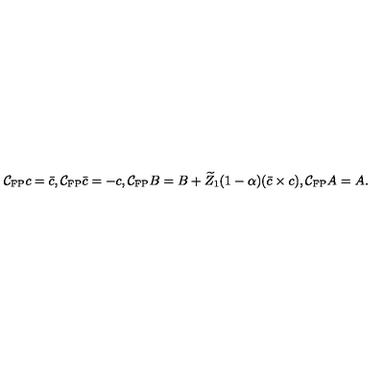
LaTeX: \mathcal { C } _ { \mathrm { \tiny F P } } c = \bar { c } , \mathcal { C } _ { \mathrm { \tiny F P } } \bar { c } = - c , \mathcal { C } _ { \mathrm { \tiny F P } } B = B + \widetilde Z _ { 1 } ( 1 - \alpha ) ( \bar { c } \times c ) , \mathcal { C } _ { \mathrm { \tiny F P } } A = A .